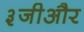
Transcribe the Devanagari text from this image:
३जीऔर